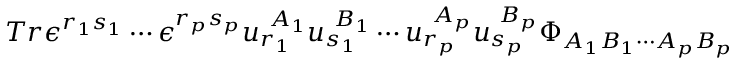
T r \epsilon ^ { r _ { 1 } s _ { 1 } } \cdots \epsilon ^ { r _ { p } s _ { p } } u _ { r _ { 1 } } ^ { \ A _ { 1 } } u _ { s _ { 1 } } ^ { \ B _ { 1 } } \cdots u _ { r _ { p } } ^ { \ A _ { p } } u _ { s _ { p } } ^ { \ B _ { p } } \Phi _ { A _ { 1 } B _ { 1 } \cdots A _ { p } B _ { p } }